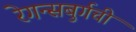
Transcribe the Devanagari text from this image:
रेगन्सबुर्गची